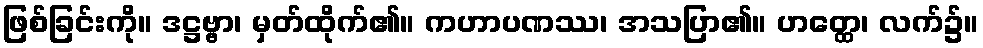
ဖြစ်ခြင်းကို။ ဒဋ္ဌဗ္ဗာ၊ မှတ်ထိုက်၏။ ကဟာပဏဿ၊ အသပြာ၏။ ဟတ္ထေ၊ လက်၌။